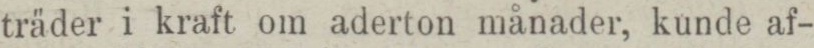
träder i kraft om aderton månader, kunde af-